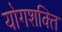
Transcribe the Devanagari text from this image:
योगशक्‍ति